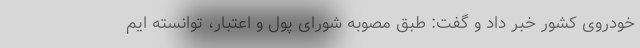
خودروی کشور خبر داد و گفت: طبق مصوبه شورای پول و اعتبار، توانسته ایم